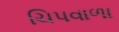
ચિપવાળા